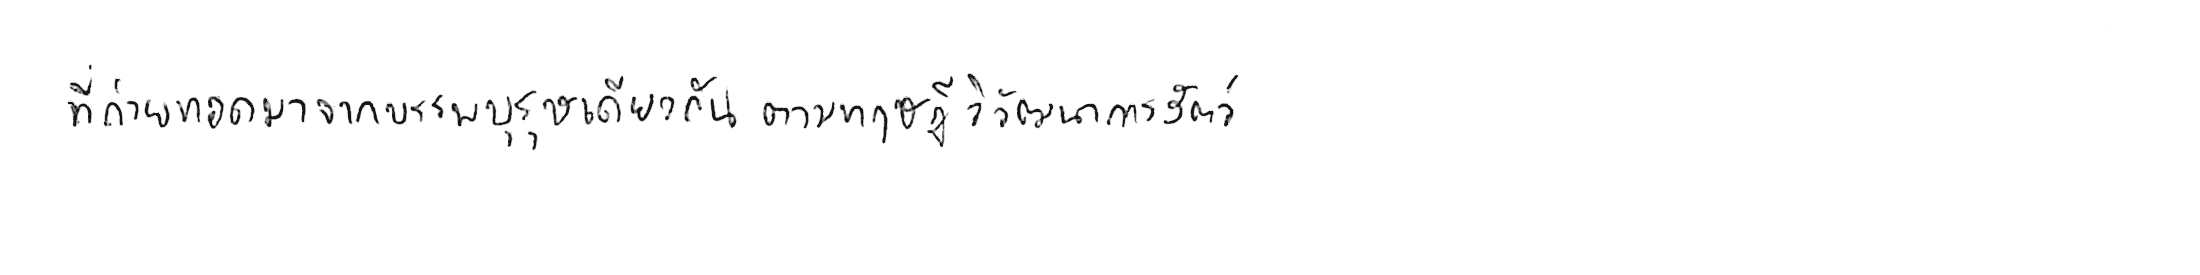
ที่ถ่ายทอดมาจากบรรพบุรุษเดียวกัน ตามทฤษฎีวิวัฒนาการของสัตว์